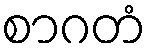
စာဂတံ